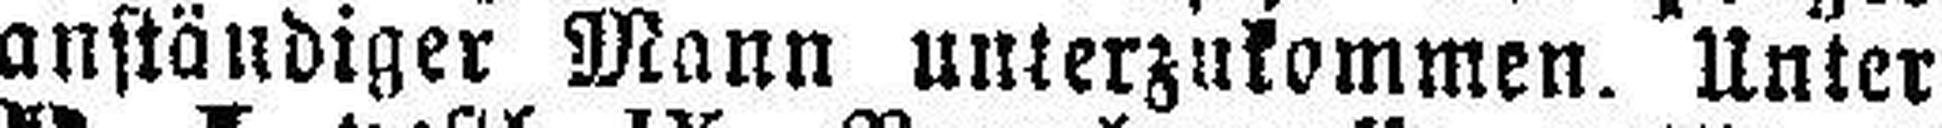
anständiger Mann unterzukommen. Unter